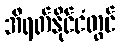
အီရတ်နိုင်ငံတွင်